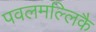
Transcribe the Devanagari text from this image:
पवलमल्लिकै